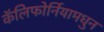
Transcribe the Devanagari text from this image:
कॅलिफोर्नियामधुन